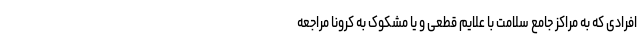
افرادی که به مراکز جامع سلامت با علایم قطعی و یا مشکوک به کرونا مراجعه